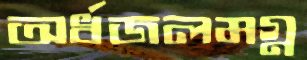
অর্ধজলমগ্ন